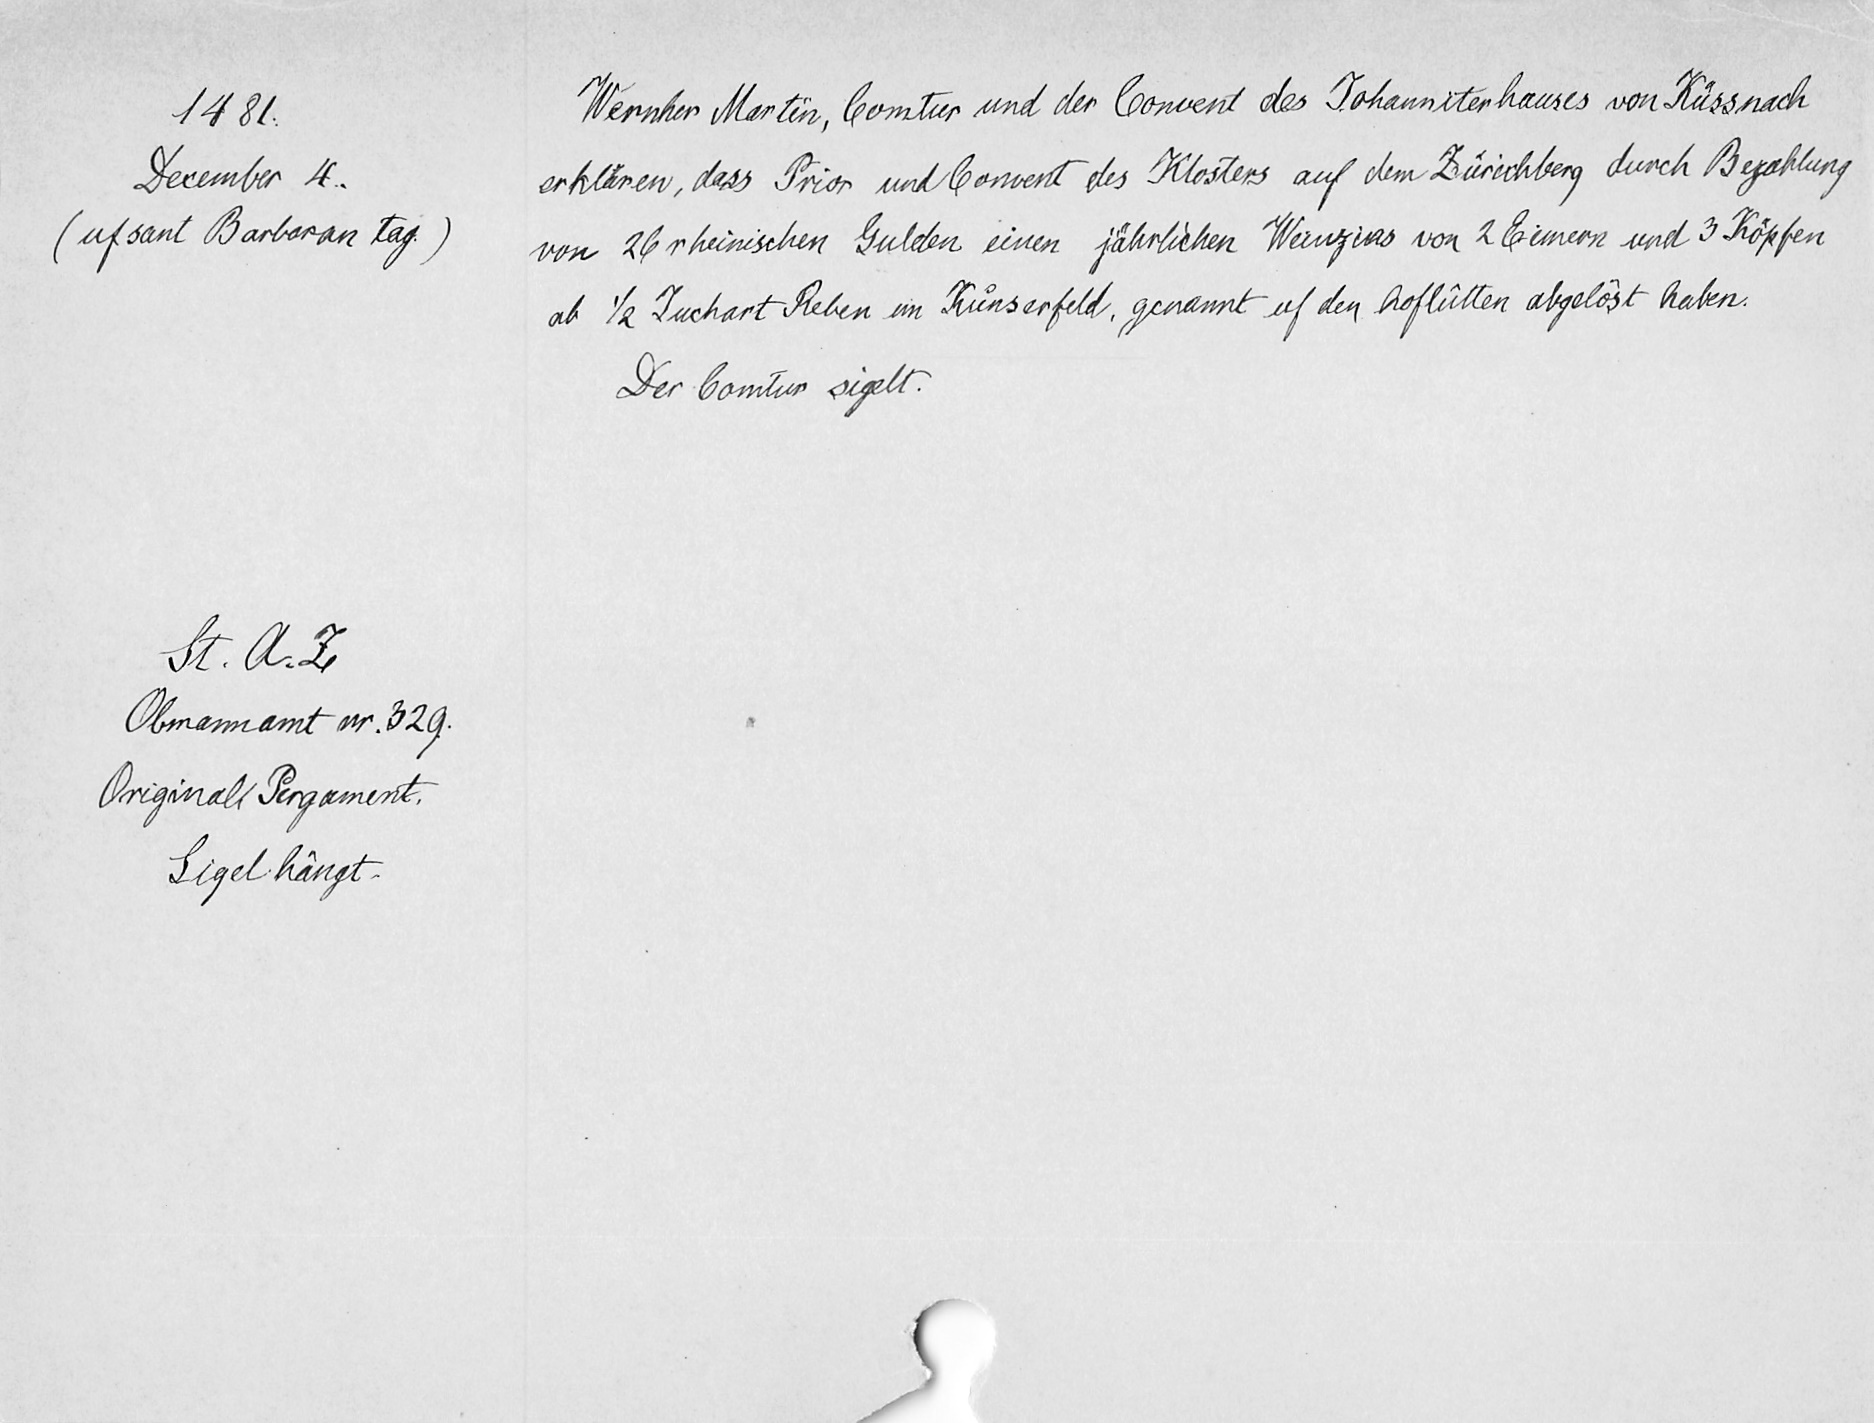
1481.
December 4.
(uf sant Barbaran tag.)
St. A. Z.
Obmannamt nr. 329.
Original Pergament.
Sigel hängt.

Wernher Martin, Comtur und der Covent des Johanniterhauses von Küssnach
erklären, dass Prior und Convert des Klosters auf dem Zürichberg durch Bezahlung
von 26 rheinischen Gulden einen jährlichen Weinzins von 2 Eimern und 3 Köpfen
ab 1/2 Juchart Reben im Kuͦnserfeld, genannt uf den hoflütten abgelöst haben.
Der Comtur sigelt.